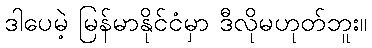
ဒါပေမဲ့ မြန်မာနိုင်ငံမှာ ဒီလိုမဟုတ်ဘူး။